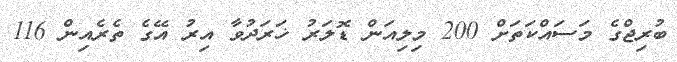
ބުރިޖްގެ މަސައްކަތަށް 200 މިލިއަން ޑޮލަރު ޚަރަދުވާ އިރު އޭގެ ތެރެއިން 116